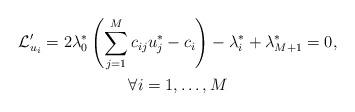
LaTeX: \begin{gather*}\mathcal{L}'_{u_i} = 2\lambda_0^*\left(\sum\limits_{j=1}^M c_{ij} u_j^* - c_i\right) - \lambda_{i}^* + \lambda_{M+1}^* = 0,\\\forall i=1, \ldots, M\end{gather*}